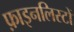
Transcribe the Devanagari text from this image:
फ़ाइनलिस्टों